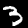
Label: 3